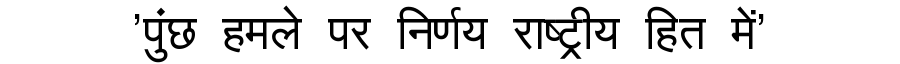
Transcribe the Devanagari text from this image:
'पुंछ हमले पर निर्णय राष्ट्रीय हित में'